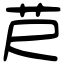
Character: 𦬨